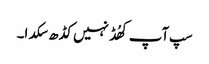
سپ آپ کھُڈ نہیں کڈھ سکدا۔